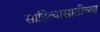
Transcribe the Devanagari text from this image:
साहित्यासाठीच्या